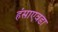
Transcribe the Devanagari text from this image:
हंसाएवडा